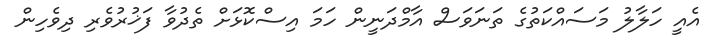
އެއީ ހަލާލު މަސައްކަތުގެ ތަނަވަސް އާމްދަނީން ހަމަ އިސްކޮޅަށް ތެދުވާ ފަޚުރުވެރި ދިވެހިން